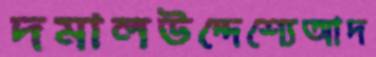
দমালউদ্দেশ্যেআদ